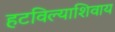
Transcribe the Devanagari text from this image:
हटविल्याशिवाय